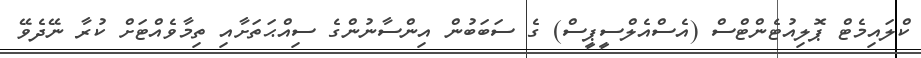
ކްލައިމެޓް ޕޮލިއުޓެންޓްސް (އެސްއެލްސީޕީސް) ގެ ސަބަބުން އިންސާނުންގެ ސިއްޙަތަށާއި ތިމާވެއްޓަށް ކުރާ ނޭދެވޭ